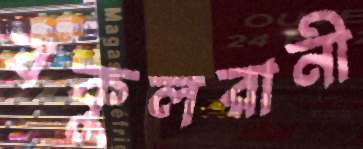
বকুলরানী